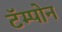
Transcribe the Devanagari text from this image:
टॅम्पोन